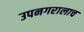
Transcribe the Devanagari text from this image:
उपनगरालाच